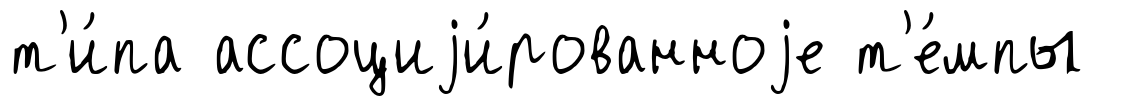
т'и́па ассоциjи́рованноjе т'е́мпы